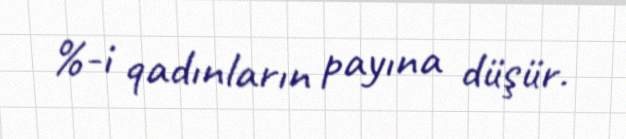
%-i qadınların payına düşür.